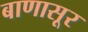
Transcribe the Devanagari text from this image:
बाणासूर